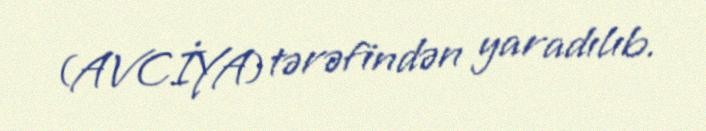
(AVCİYA) tərəfindən yaradılıb.